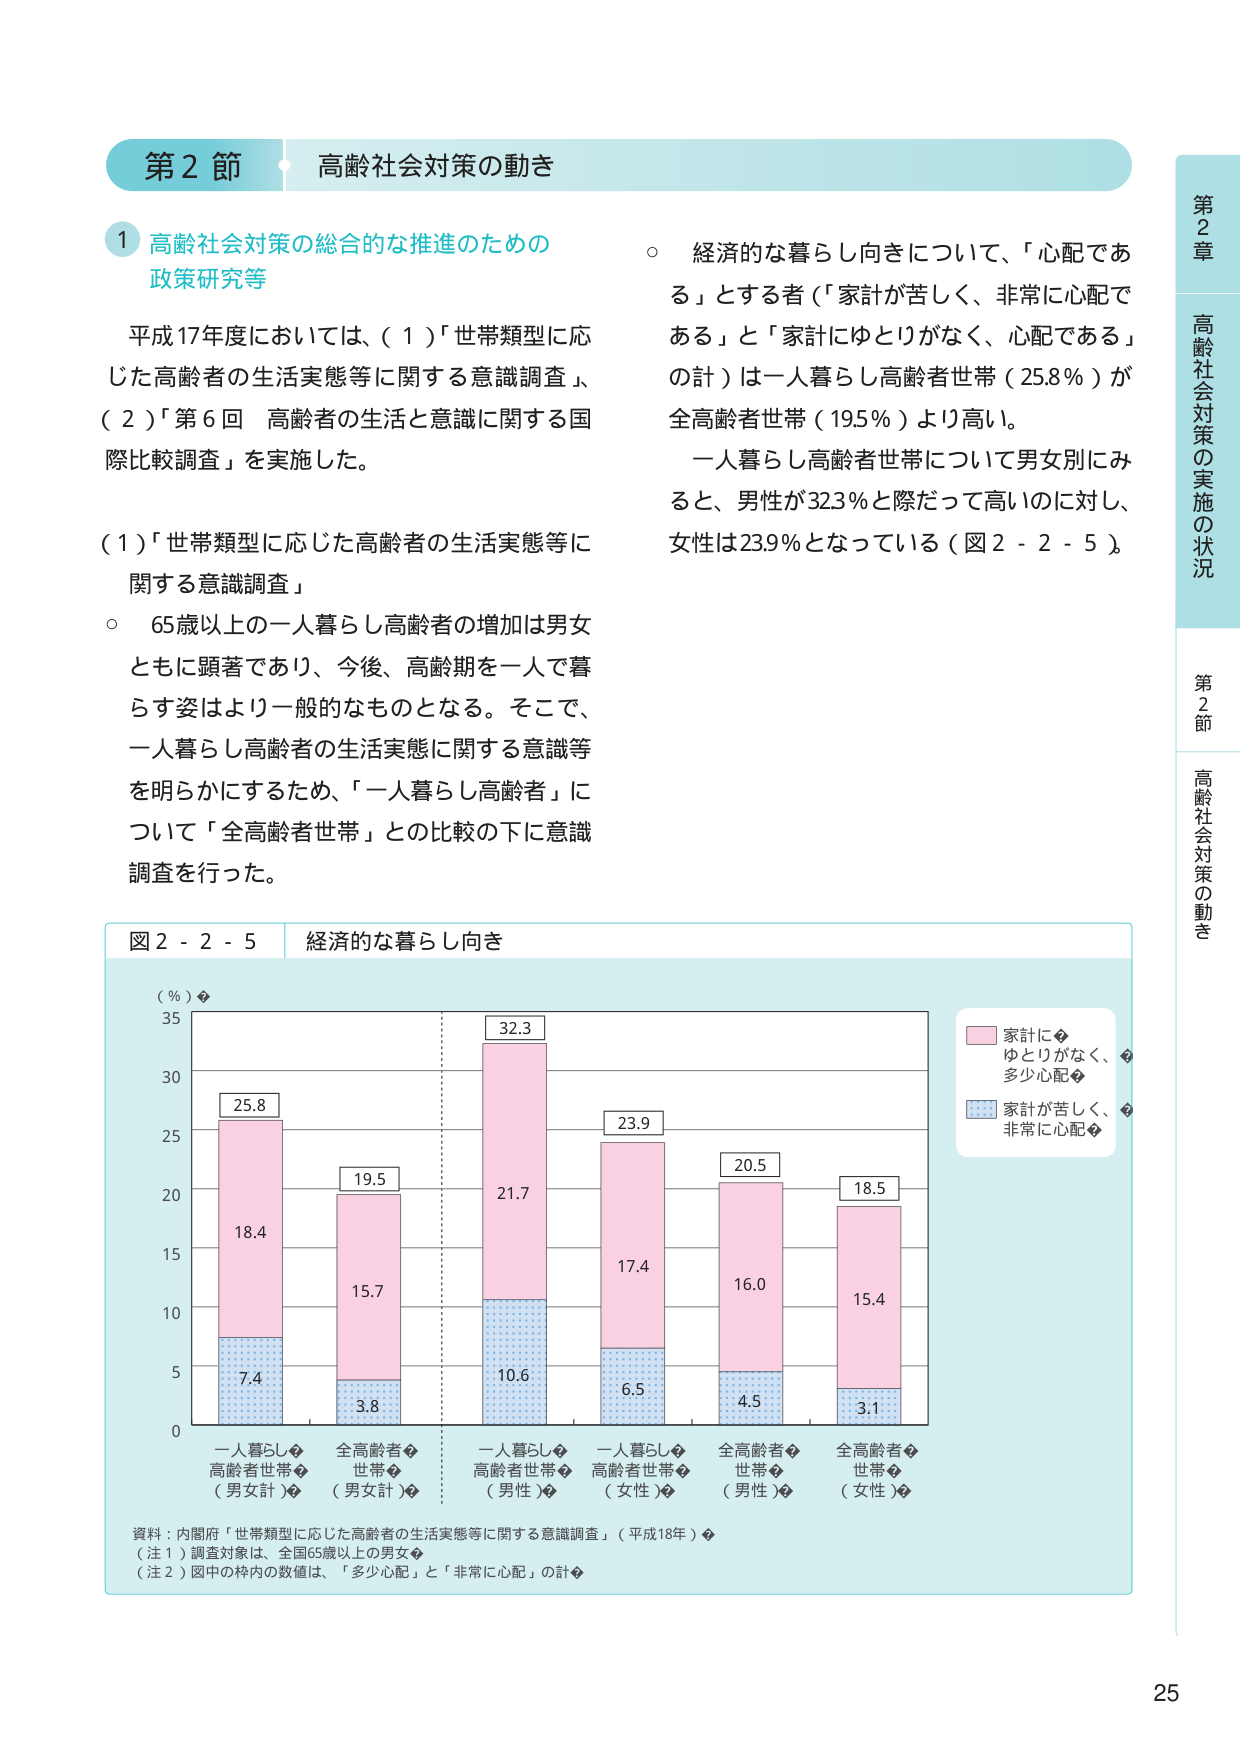
第2節 高齢社会対策の動き

1 高齢社会対策の総合的な推進のための政策研究等

平成17年度においては、（1）「世帯類型に応じた高齢者の生活実態等に関する意識調査」、（2）「第6回 高齢者の生活と意識に関する国際比較調査」を実施した。

（1）「世帯類型に応じた高齢者の生活実態等に関する意識調査」

○ 65歳以上の一人家し高齢者の増加は男女ともに顕著であり、今後、高齢期を一人で暮らす姿はより一般的なものとなる。そこで、一人暮らし高齢者の生活実態に関する意識等を明らかにするため、「一人暮らし高齢者」について「全高齢者世帯」との比較の下に意識調査を行った。

○ 経済的な暮らし向きについて、「心配である」とする者（「家計が苦しく、非常に心配である」と「家計にゆとりがなく、心配である」の計）は一人暮らし高齢者世帯（25.8％）が全高齢者世帯（19.5％）より高い。

一人暮らし高齢者世帯について男女別にみると、男性が32.3％と際だって高いのに対し、女性は23.9％となっている（図2-2-5）。

図2-2-5 経済的な暮らし向き

（％）

35
30
25
20
15
10
5
0

一人暮らし
高齢者世帯
（男女計）
25.8
18.4
7.4

全高齢者
世帯
（男女計）
19.5
15.7
3.8

一人暮らし
高齢者世帯
（男性）
32.3
21.7
10.6

一人暮らし
高齢者世帯
（女性）
23.9
17.4
6.5

全高齢者
世帯
（男性）
20.5
16.0
4.5

全高齢者
世帯
（女性）
18.5
15.4
3.1

家計に
ゆとりがなく、
多少心配

家計が苦しく、
非常に心配

資料：内閣府「世帯類型に応じた高齢者の生活実態等に関する意識調査」（平成18年）

（注1）調査対象は、全国65歳以上の男女

（注2）図中の枠内の数値は、「多少心配」と「非常に心配」の計

第2章 高齢社会対策の実施の状況
第2節 高齢社会対策の動き

25